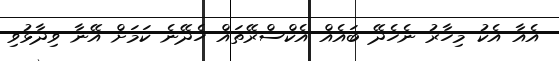
އެއާ އެކު މިހާރު ނެހެދޭ ބައެއް އެކްސްރޭތައް ހެދޭނެ ކަމަށް އޭނާ ވިދާޅުވި